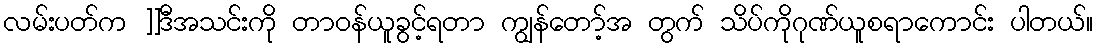
လမ်းပတ်က ]]ဒီအသင်းကို တာဝန်ယူခွင့်ရတာ ကျွန်တော့်အ တွက် သိပ်ကိုဂုဏ်ယူစရာကောင်း ပါတယ်။